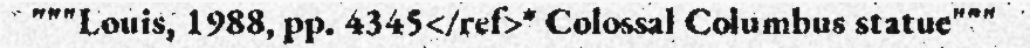
"""Louis, 1988, pp. 4345</ref>* Colossal Columbus statue"""